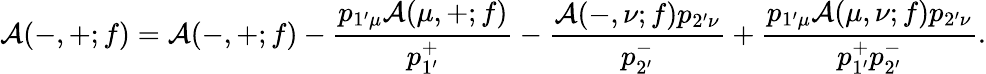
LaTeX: {\cal A}(-,+;f)={\cal A}(-,+;f)-\frac{p_{1^{\prime}\mu}{\cal A}(\mu,+;f)}{p_{1^{\prime}}^{+}}-\frac{{\cal A}(-,\nu;f)p_{2^{\prime}\nu}}{p_{2^{\prime}}^{-}}+\frac{p_{1^{\prime}\mu}{\cal A}(\mu,\nu;f)p_{2^{\prime}\nu}}{p_{1^{\prime}}^{+}p_{2^{\prime}}^{-}}.